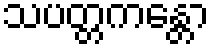
သပတ္တကန္တော